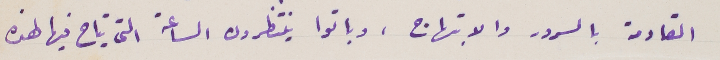
القادمة بالسرور والابتهاج، وباتوا ينتظرون الساعة التى يتاح فيها لهذه